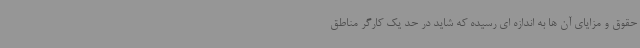
حقوق و مزایای آن ها به اندازه ای رسیده که شاید در حد یک کارگر مناطق